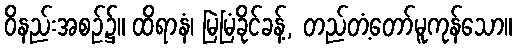
ဝိနည်းအစဉ်၌။ ထိရာနံ၊ မြဲမြံခိုင်ခန့်, တည်တံ့တော်မူကုန်သော။